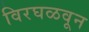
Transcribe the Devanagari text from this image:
विरघळवून